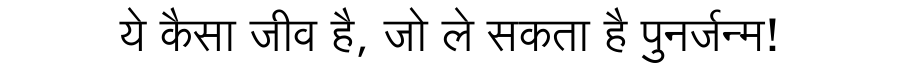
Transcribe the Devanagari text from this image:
ये कैसा जीव है, जो ले सकता है पुनर्जन्म!